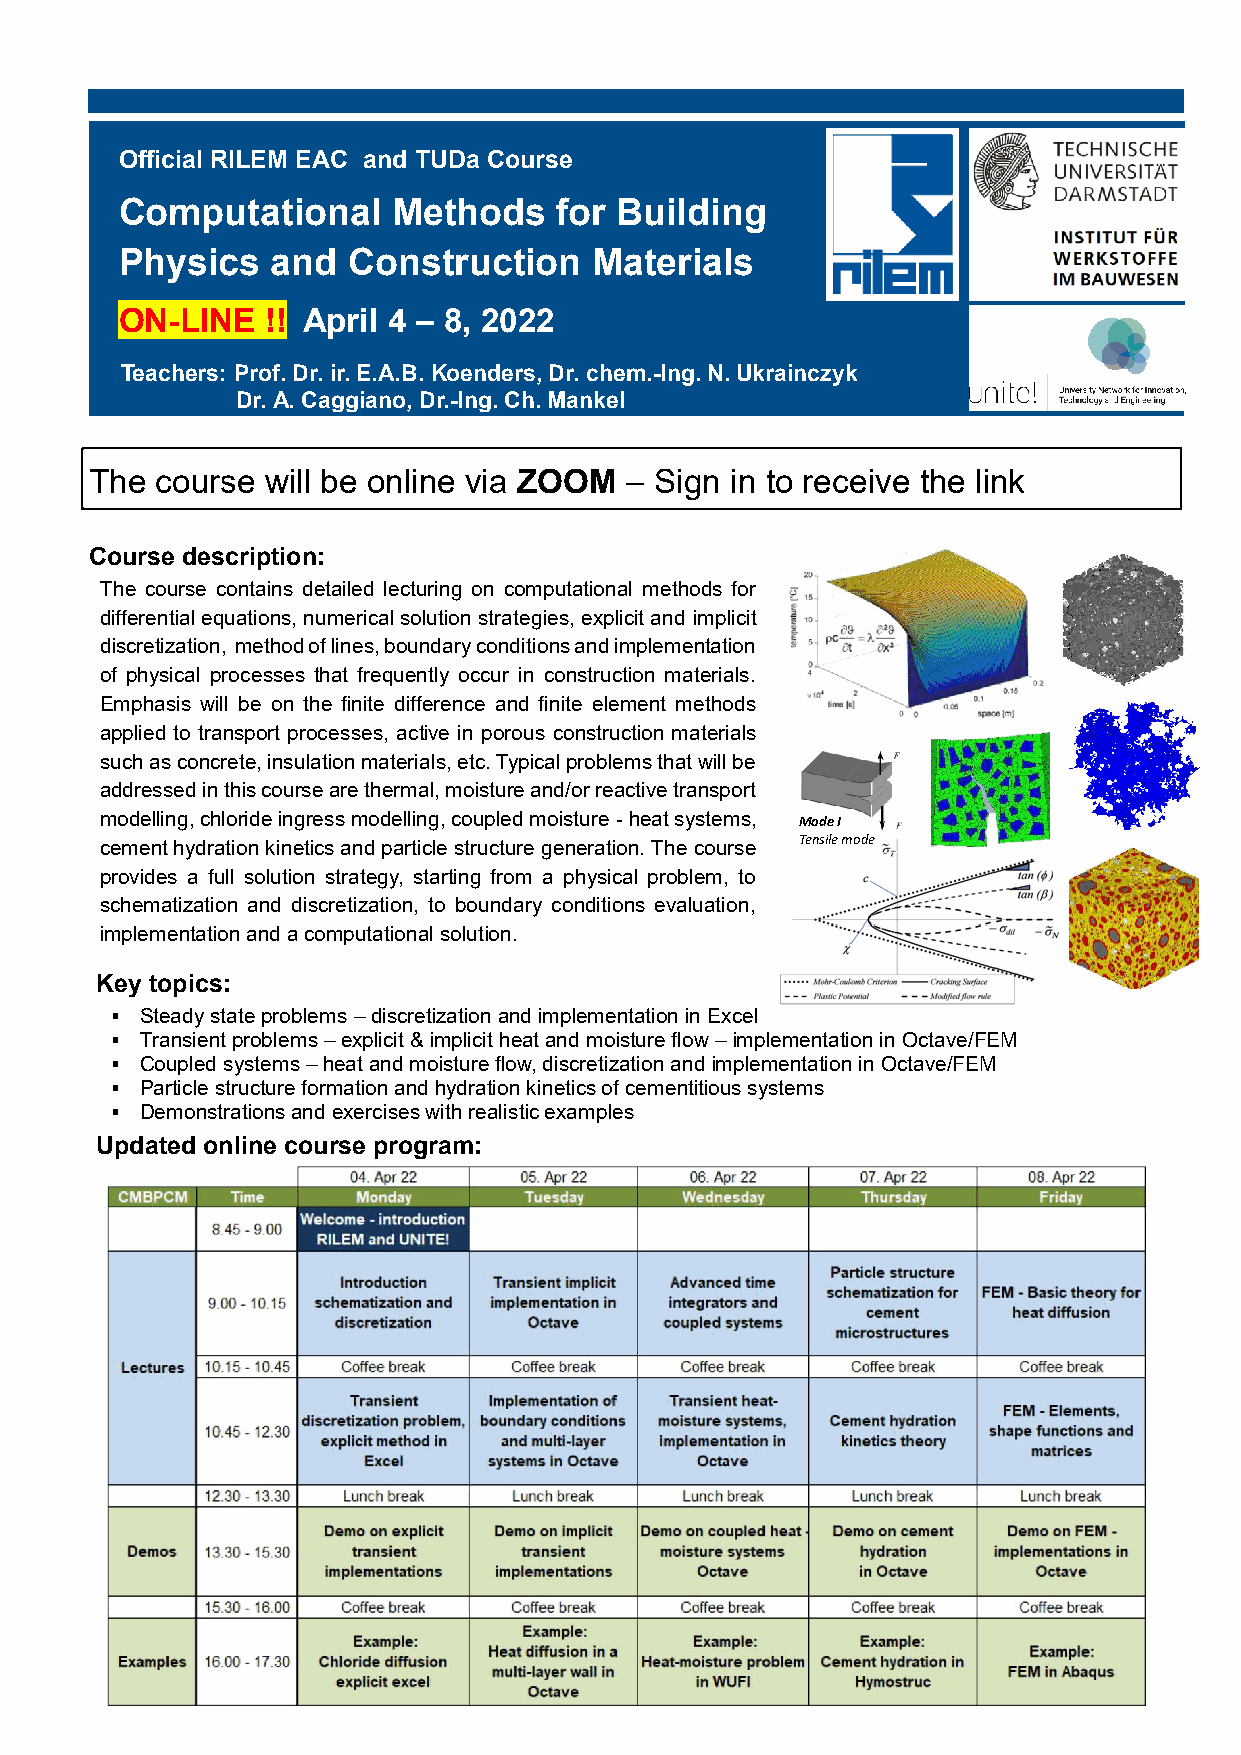
Official RILEM EAC and TUDa Course
 Computational     Methods    for Building
 Physics   and  Construction    Materials
 ON-LINE   !! April 4 – 8, 2022
 Teachers: Prof. Dr. ir. E.A.B. Koenders, Dr. chem.-Ing. N. Ukrainczyk
 Dr. A. Caggiano, Dr.-Ing. Ch. Mankel
 The course  will be online via ZOOM – Sign in to receive the link
 Course description:
 The course contains detailed lecturing on computational methods for
 differential equations, numerical solution strategies, explicit and implicit
 discretization, method of lines, boundary conditions and implementation
 of physical processes that frequently occur in construction materials.
 Emphasis will be on the finite difference and finite element methods
 applied to transport processes, active in porous construction materials
 such as concrete, insulation materials, etc. Typical problems that will be
 addressed in this course are thermal, moisture and/or reactive transport
 modelling, chloride ingress modelling, coupled moisture - heat systems,
 cement hydration kinetics and particle structure generation. The course
 provides a full solution strategy, starting from a physical problem, to
 schematization and discretization, to boundary conditions evaluation,
 implementation and a computational solution.
 Key topics:
 ▪ Steady state problems – discretization and implementation in Excel
 ▪ Transient problems – explicit & implicit heat and moisture flow – implementation in Octave/FEM
 ▪ Coupled systems – heat and moisture flow, discretization and implementation in Octave/FEM
 ▪ Particle structure formation and hydration kinetics of cementitious systems
 ▪ Demonstrations and exercises with realistic examples
 Updated online course program:
 M o d e ITe
 n sile m o d e
 M o d e IIIn
 p la n e sh e a r